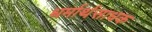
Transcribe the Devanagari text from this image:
धर्मार्थसाधक